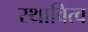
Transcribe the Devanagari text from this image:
स्थावित्व